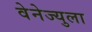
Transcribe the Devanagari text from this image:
वेनेज्युला